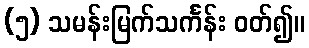
(၅) သမန်းမြက်သင်္ကန်း ဝတ်၍။